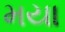
મયા